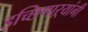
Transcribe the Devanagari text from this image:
इच्छिणाऱ्यांनी